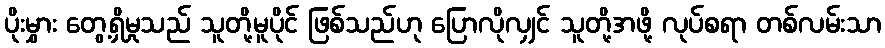
ပိုးမွှား တွေ့ရှိမှုသည် သူတို့မူပိုင် ဖြစ်သည်ဟု ပြောလိုလျှင် သူတို့အဖို့ လုပ်စရာ တစ်လမ်းသာ